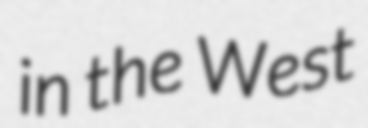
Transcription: in the West